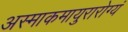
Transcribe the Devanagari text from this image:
अस्माकमायुरारोग्यं